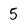
Character: 5